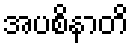
အပစိနာတိ